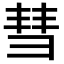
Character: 彗